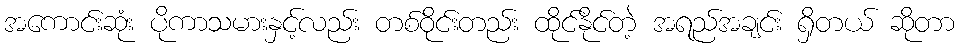
အကောင်းဆုံး ပိုကာသမားနှင့်လည်း တစ်ဝိုင်းတည်း ထိုင်နိုင်တဲ့ အရည်အချင်း ရှိတယ် ဆိုတာ